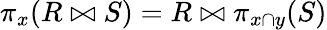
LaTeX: \pi_{x}(R\bowtie S)=R\bowtie\pi_{x\cap y}(S)